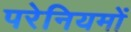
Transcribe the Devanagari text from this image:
परेनियमों